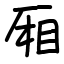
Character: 厢